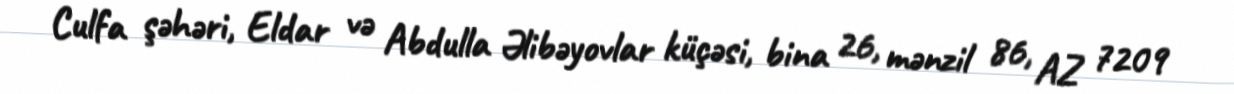
Culfa şəhəri, Eldar və Abdulla Əlibəyovlar küçəsi, bina 26, mənzil 86, AZ 7209